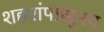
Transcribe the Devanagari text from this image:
शहरांपासूनच